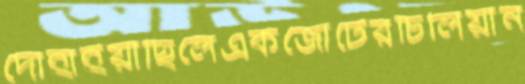
দোহাইয়াছিলেএকজোটেরচিলিয়ান